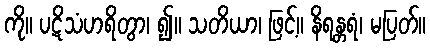
ကို။ ပဋိသံဟရိတွာ၊ ၍။ သတိယာ၊ ဖြင့်။ နိရန္တရံ၊ မပြတ်။